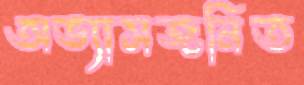
অভ্যাসজনিত